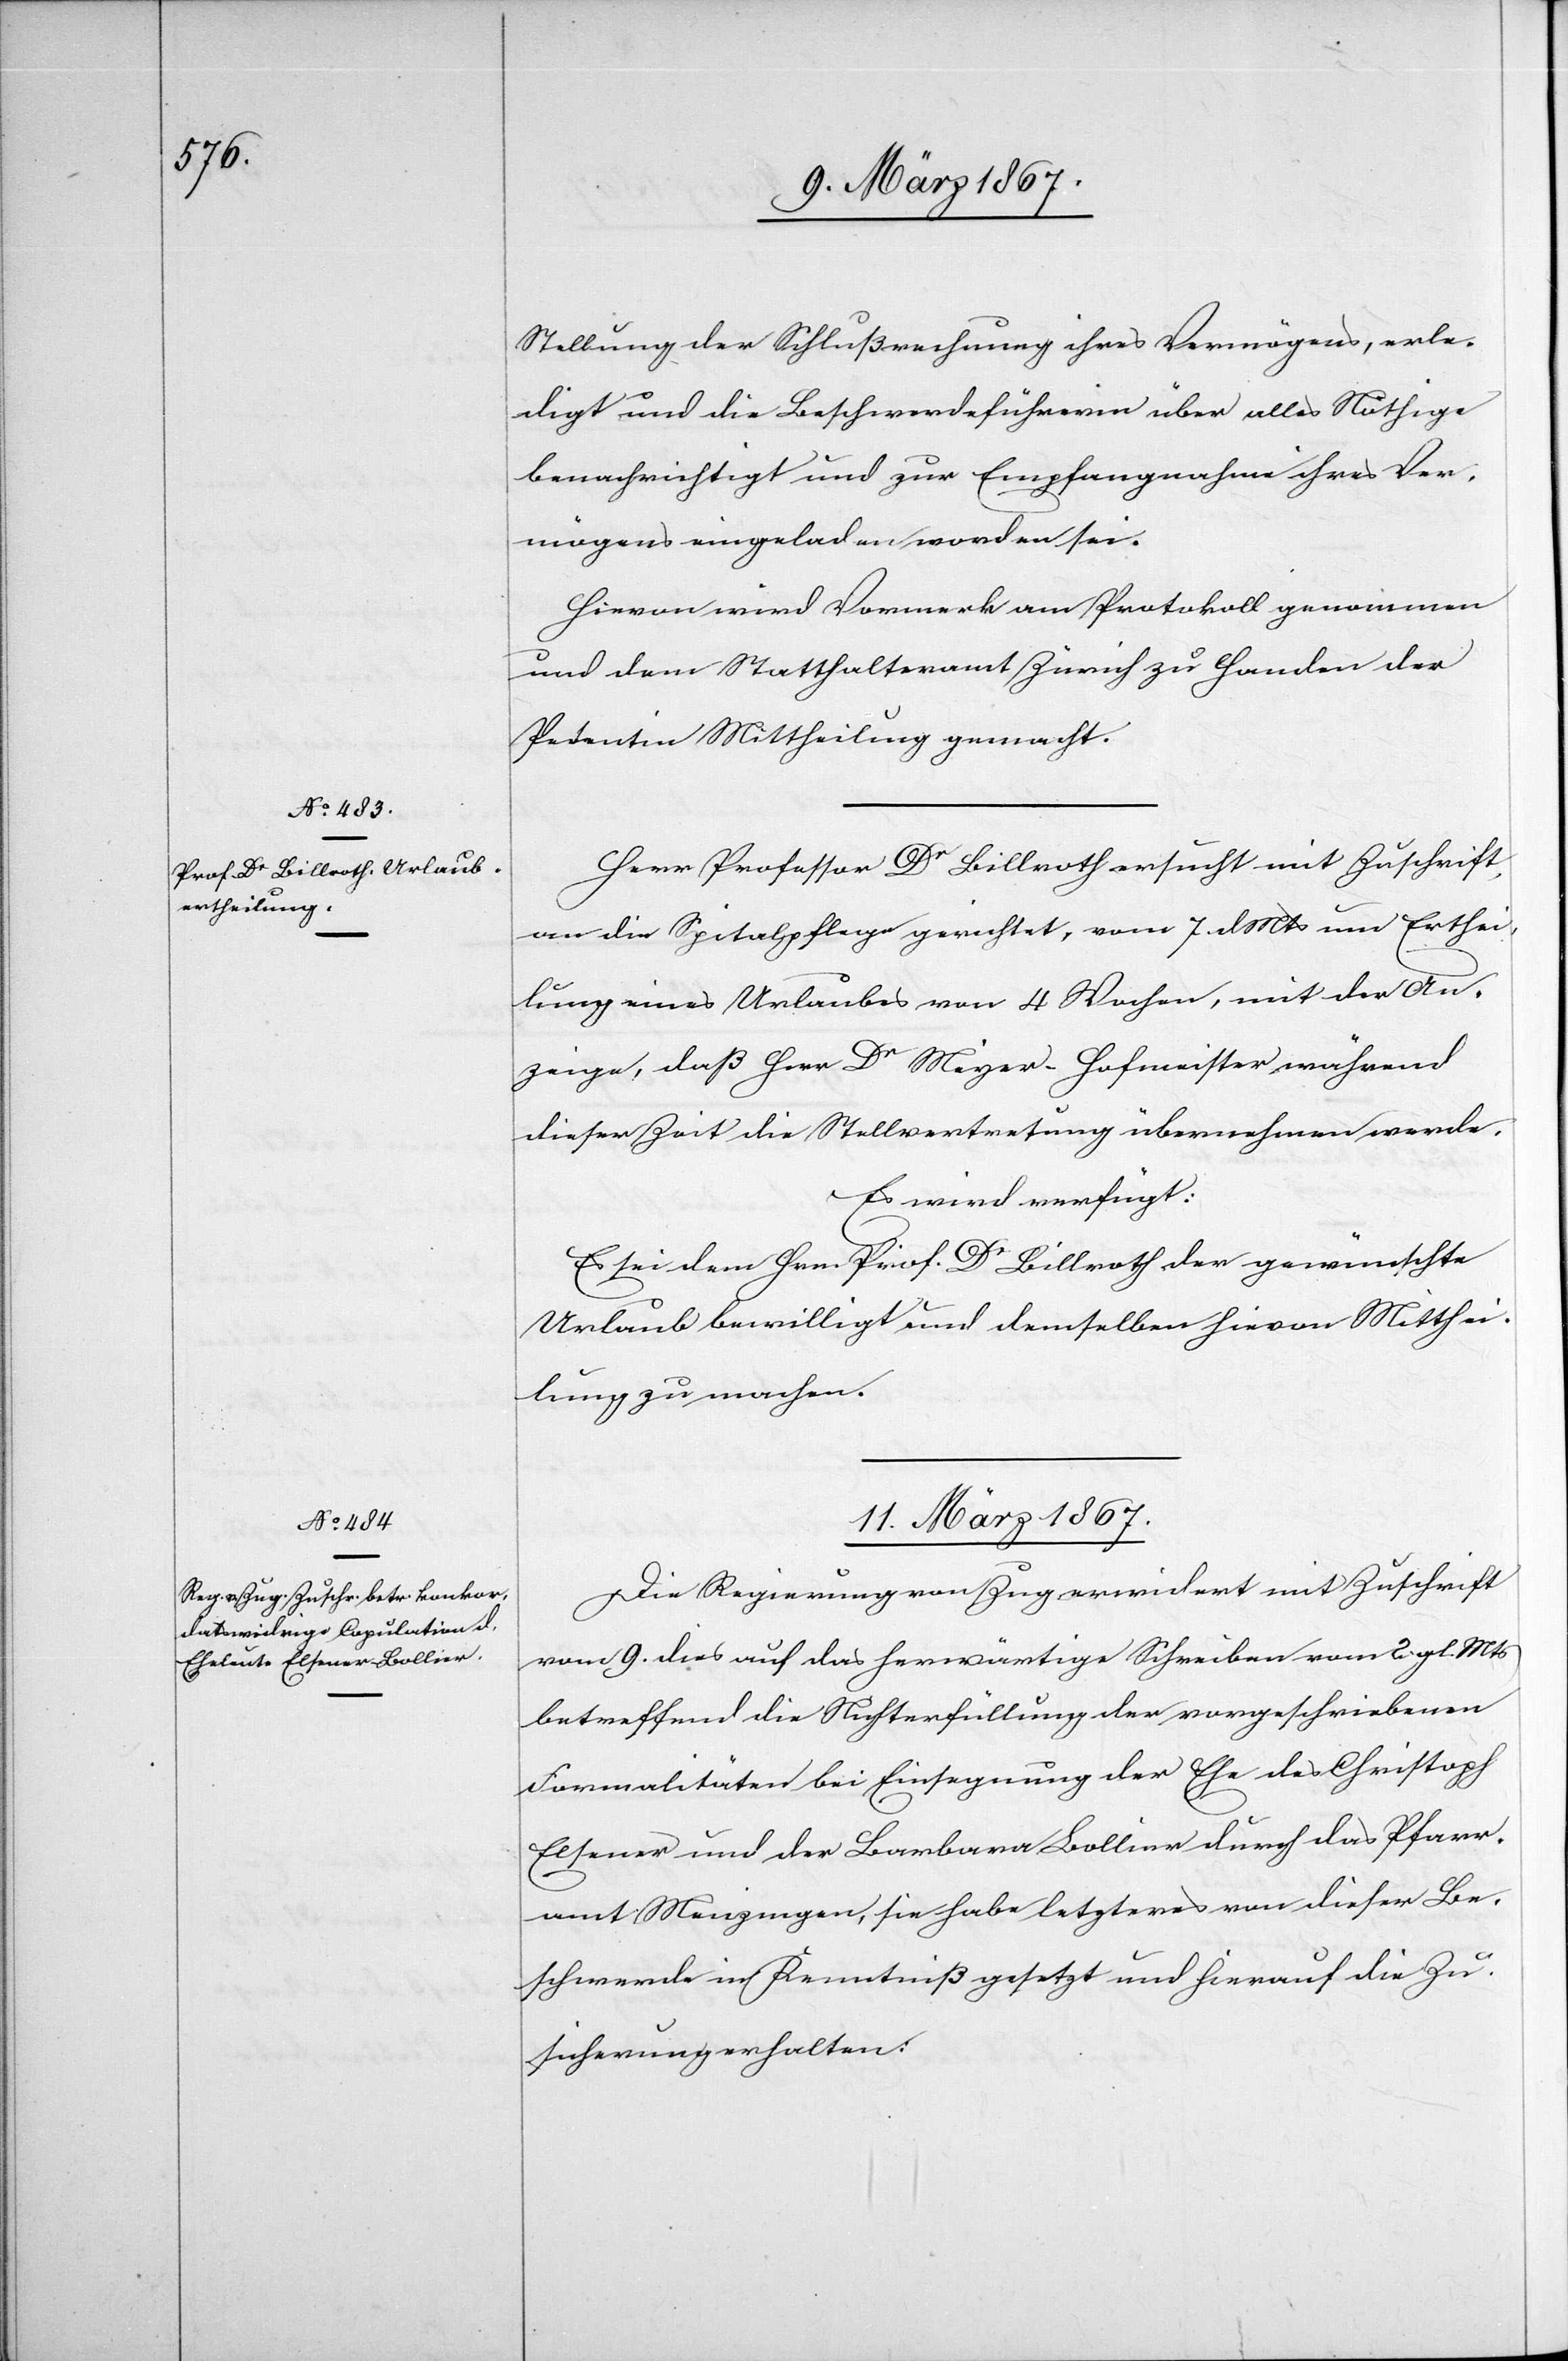
9. März 1867.]
Stellung der Schlußrechnung ihres Vermögens, erle¬
digt und die Beschwerdeführerin über alles Nöthige
benachrichtigt und zu Empfangnahme ihres Ver¬
mögens eingeladen worden sei.
Hievon wird Vormerk am Protokoll genommen
und dem Statthalteramt Zürich zu Handen der
Petentin Mittheilung gemacht.
Herr Professor Dr Billroth ersucht mit Zuschrift,
an die Spitalpflege gerichtet, vom 7. d. Mts um Erthei¬
lung eines Urlaubes von 4 Wochen, mit der An¬
zeige, daß Herr Dr Meyer-Hofmeister während
dieser Zeit die Stellvertretung übernehmen werde.
Es wird verfügt:
Es sei dem Hrn. Prof. Dr Billroth der gewünschte
Urlaub bewilligt und demselben hievon Mitthei¬
lung zu machen.
11. März 1867.
Die Regierung von Zug erwidert mit Zuschrift
vom 9. dies auf das herwärtige Schreiben vom 2. gl. Mts
betreffend die Nichterfüllung der vorgeschriebenen
Formalitäten bei Einsegnung der Ehe des Christoph
Elsener und der Barbara Bollier durch das Pfarr¬
amt Menzingen, sie habe letzteres von dieser Be¬
schwerde in Kenntniß gesetzt und hierauf die Zu¬
sicherung erhalten: